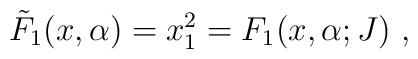
{\tilde F}_1(x,\alpha) = x_1^2 = F_1(x,\alpha;J) ~,